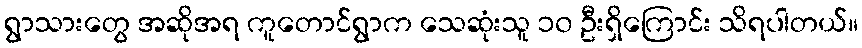
ရွာသားတွေ အဆိုအရ ကူတောင်ရွာက သေဆုံးသူ ၁၀ ဦးရှိကြောင်း သိရပါတယ်။